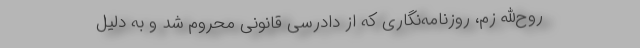
روح‌الله زم، روزنامه‌نگاری که از دادرسی قانونی محروم شد و به دلیل